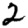
Digit: 2